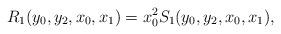
LaTeX: \begin{align*}R_1(y_0, y_2, x_0, x_1) = x_0^2S_1(y_0, y_2, x_0, x_1),\end{align*}